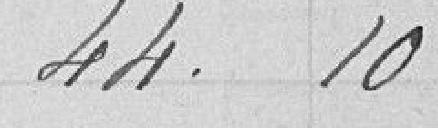
44,10